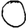
Digit: 0